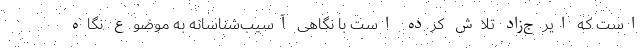
است که ایرج‌زاد تلاش کرده است با نگاهی آسیب‌شناسانه به موضوع نگاه